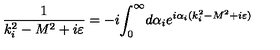
\frac 1 { k _ { i } ^ { 2 } - M ^ { 2 } + i \varepsilon } = - i { \int _ { 0 } ^ { \infty } } d \alpha _ { i } e ^ { i \alpha _ { i } ( k _ { i } ^ { 2 } - M ^ { 2 } + i \varepsilon ) }